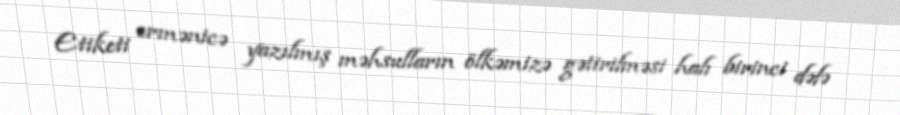
Etiketi ermənicə yazılmış məhsulların ölkəmizə gətirilməsi halı birinci dəfə